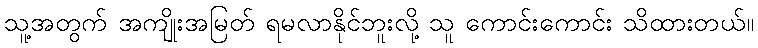
သူ့အတွက် အကျိုးအမြတ် ရမလာနိုင်ဘူးလို့ သူ ကောင်းကောင်း သိထားတယ်။